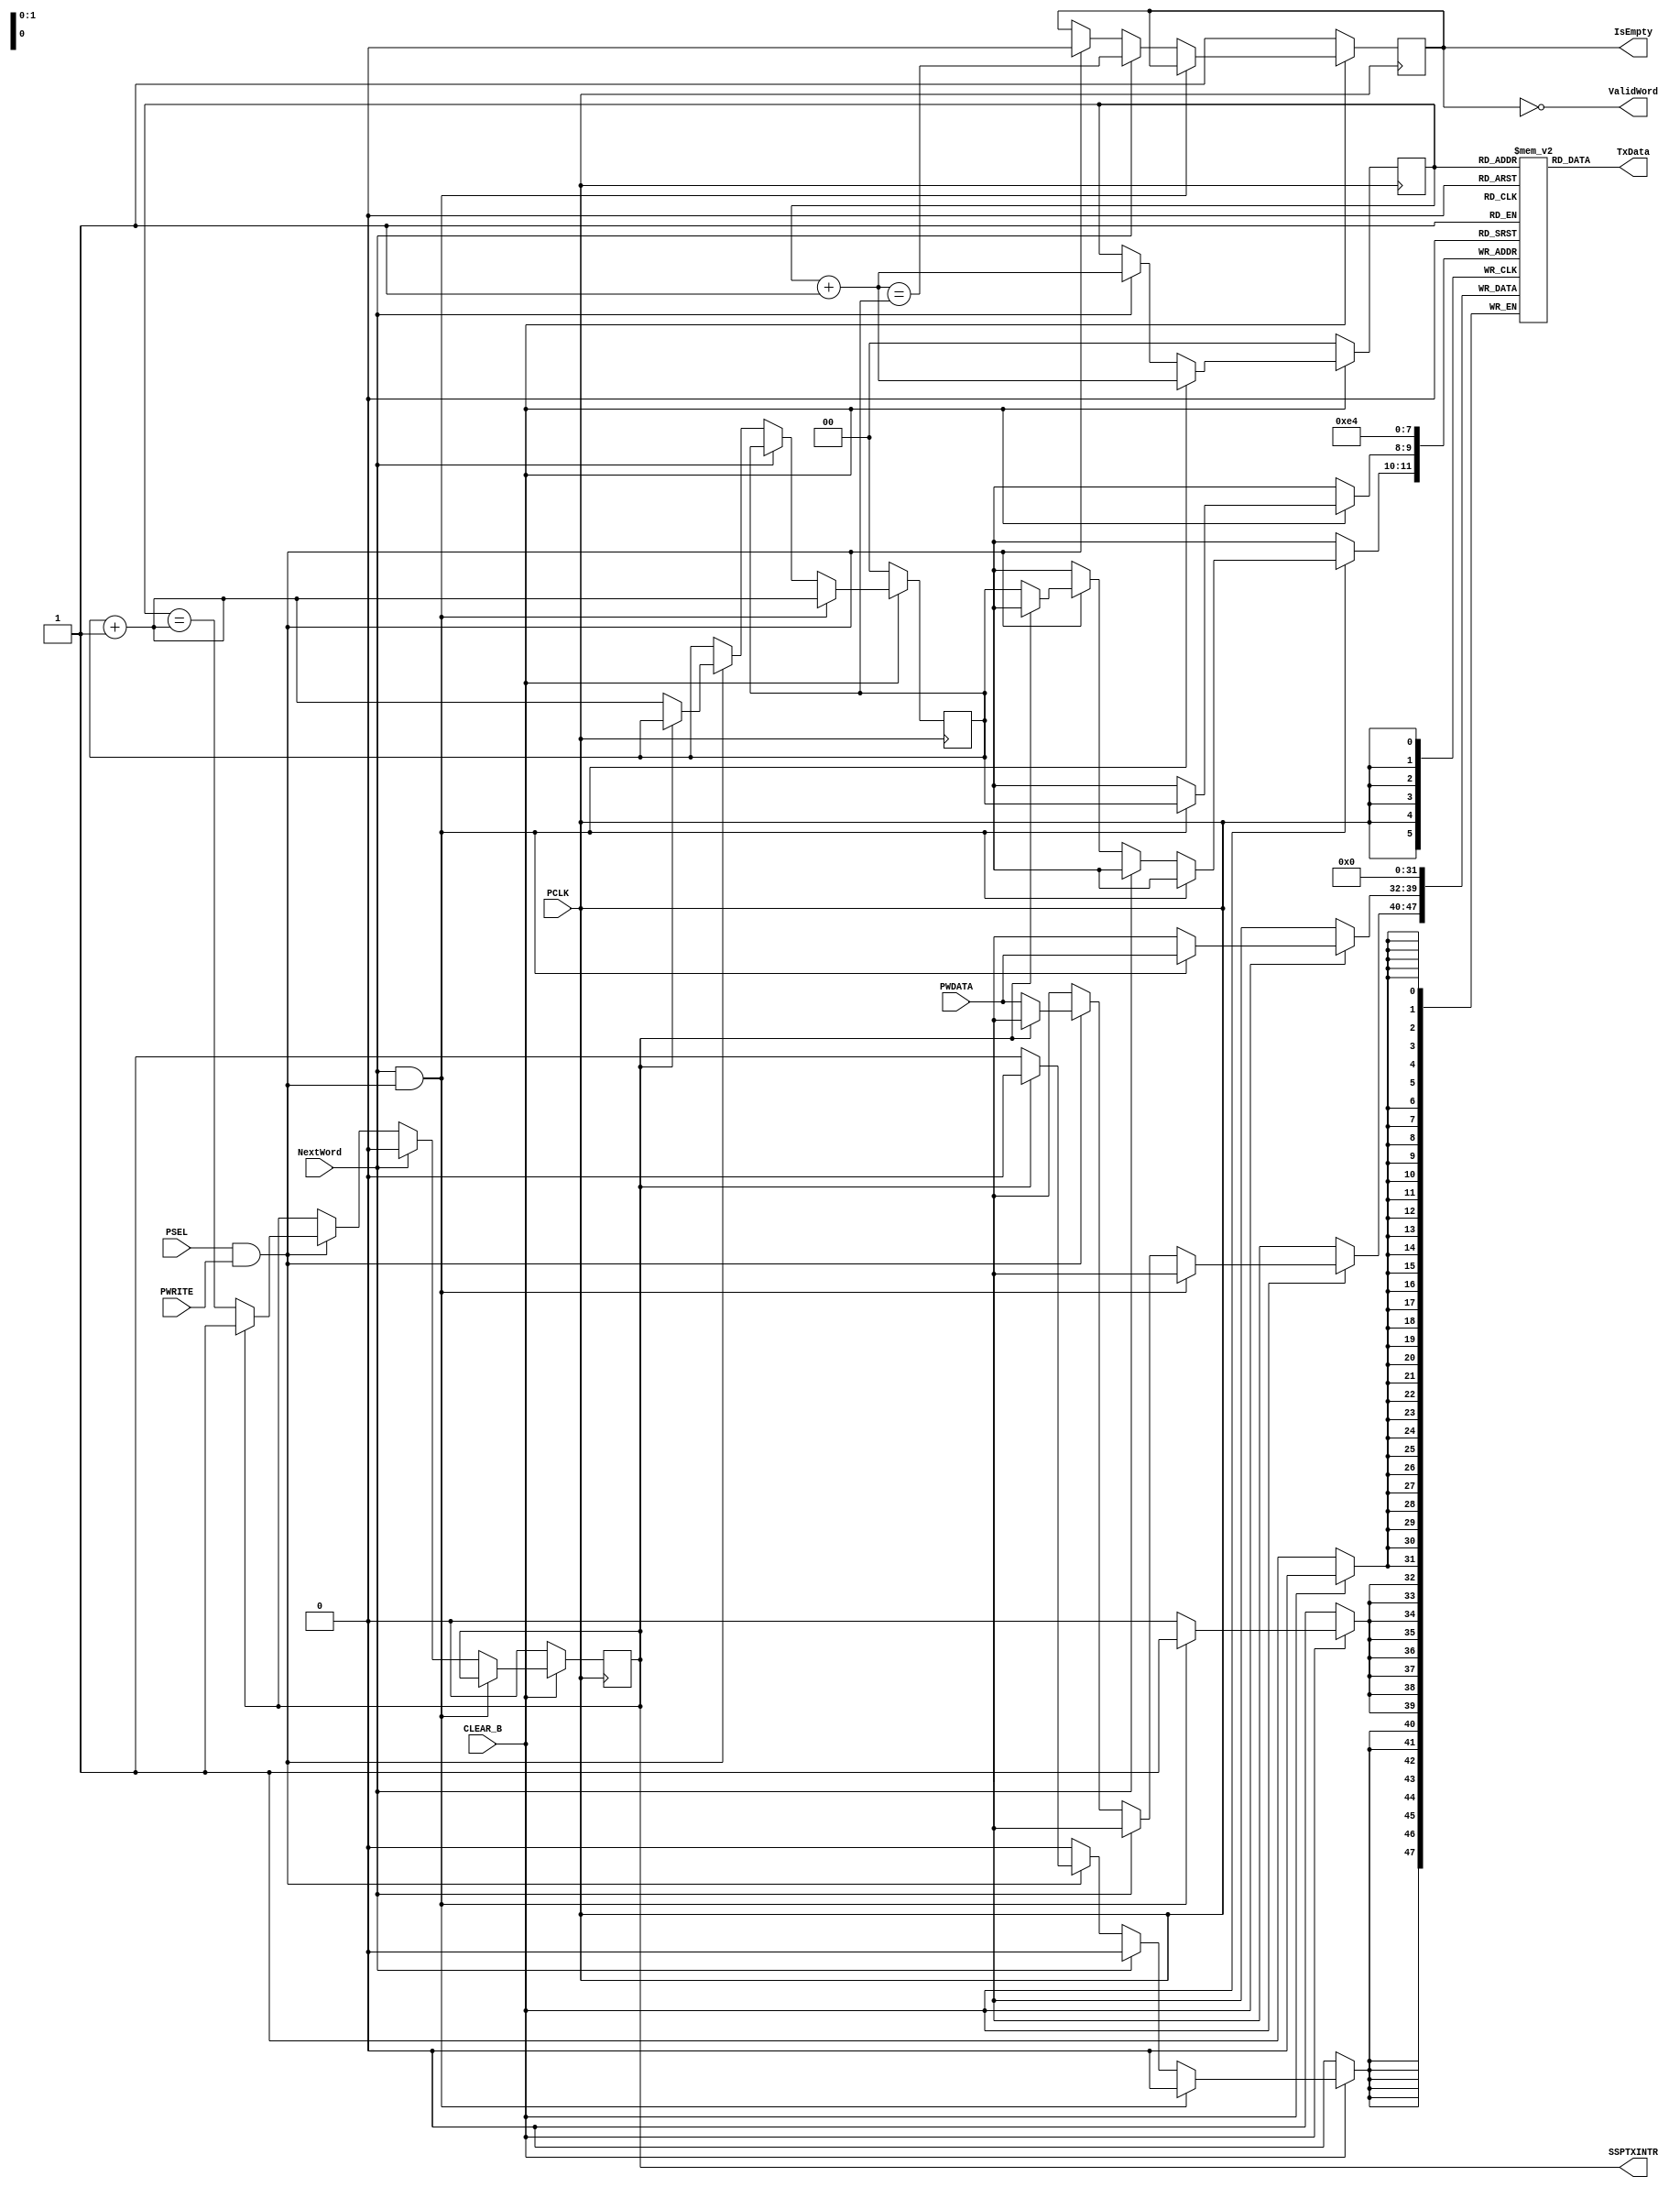
// Haowei Chen hxc713
// The FIFO for the transmit side of the SSP implementation

// Processor interface uses:
// CLEAR_B, PSEL, PWRITE, PWDATA, SSPTXINTR

// SSP interface logic uses:
// NextWord, VaildWord, IsEmpty, RxData

`timescale 1 ns / 10 ps

module tx_fifo
       (
         input PCLK,
         input CLEAR_B, PSEL, PWRITE,
         input [ 7: 0 ] PWDATA,
         input NextWord,
         output ValidWord, IsEmpty,
         output [ 7: 0 ] TxData,
         output SSPTXINTR
       );

// Four-element byte memory for FIFO
reg [ 7: 0 ] memory [ 3: 0 ];
// For the reset logic
integer i;

// Pointers to head and tail of FIFO
reg [ 1: 0 ] FIFO_head, FIFO_tail;

// FIFO fullness tracker
reg FIFO_full, FIFO_empty;

// Export value of fullness
assign SSPTXINTR = FIFO_full;
assign IsEmpty = FIFO_empty;
assign ValidWord = ~FIFO_empty;

// Check state of the FIFO addresses
wire FIFO_almost_full = ( FIFO_head == FIFO_tail + 2'b1 );
wire FIFO_almost_empty = ( FIFO_head + 2'b1 == FIFO_tail );

// Checking if processor is writing
wire P_writing = PSEL && PWRITE;

// Assign output bus
assign TxData = memory[ FIFO_head ];

always @( posedge PCLK ) begin
  if ( ~CLEAR_B )
  begin
    // Reset logic from active-low signal
    FIFO_head <= 2'b0;
    FIFO_tail <= 2'b0;
    FIFO_full <= 1'b0;
    FIFO_empty <= 1'b1;

    for ( i = 0; i < 4; i = i + 1 )
    begin
      memory[ i ] <= 8'b0;
    end
  end else
  begin
    // Normal FIFO operation

    if ( NextWord && P_writing )
    begin
      // Simultaneous read and write (ignoring under-flow case)
      FIFO_head <= FIFO_head + 2'b1;
      FIFO_tail <= FIFO_tail + 2'b1;
      FIFO_full <= FIFO_full;
      FIFO_empty <= FIFO_empty;
      memory[ FIFO_tail ] <= PWDATA;
    end else if ( NextWord )
    begin
      // Just reading
      FIFO_head <= FIFO_head + 2'b1;
      FIFO_tail <= FIFO_tail;
      FIFO_full <= 1'b0;
      // Assuming that the reads won't underflow the FIFO
      FIFO_empty <= FIFO_almost_empty;
    end else if ( P_writing )
    begin
      // Just writing
      if ( FIFO_full )
      begin
        // No-op
        FIFO_head <= FIFO_head;
        FIFO_tail <= FIFO_tail;
        FIFO_full <= FIFO_full;
        FIFO_empty <= 1'b0;
      end else
      begin
        // Complete write
        FIFO_head <= FIFO_head;
        FIFO_tail <= FIFO_tail + 2'b1;
        FIFO_full <= FIFO_almost_full;
        FIFO_empty <= 1'b0;
        memory[ FIFO_tail ] <= PWDATA;
      end
    end else
    begin
      // No FIFO operation
      FIFO_head <= FIFO_head;
      FIFO_tail <= FIFO_tail;
      FIFO_full <= FIFO_full;
      FIFO_empty <= FIFO_empty;
    end
  end
end

endmodule